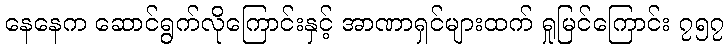
နေနေက ဆောင်ရွက်လိုကြောင်းနှင့် အာဏာရှင်များထက် ရှုမြင်ကြောင်း ၇၅၇